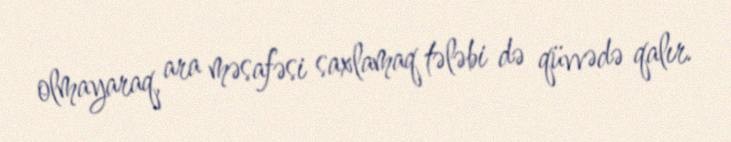
olmayaraq, ara məsafəsi saxlamaq tələbi də qüvvədə qalır.